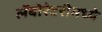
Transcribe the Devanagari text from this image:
लॅबोरेटरीमध्ये